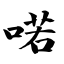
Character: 喏